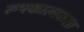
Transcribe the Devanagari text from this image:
रूपकात्मकता